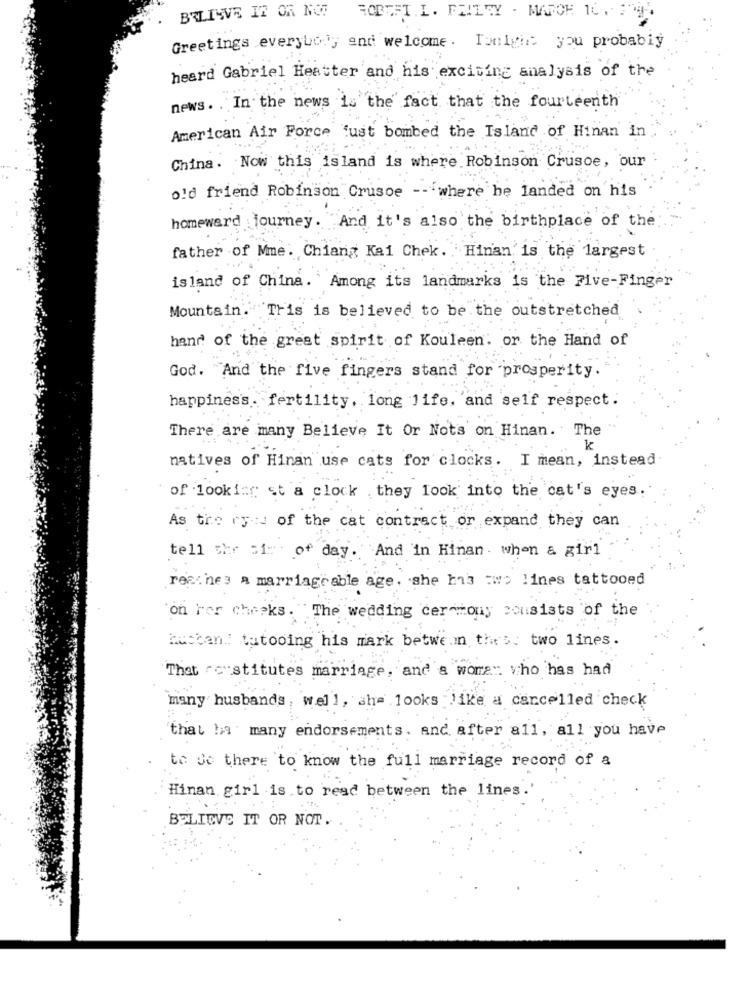
BELIEVE IT OR NOT
ROBOFT.L. FZITTY . MARCH 10 . 27H.
Greetings everybody and welcome. Tonight you probably
heard Gabriel Heatter and his exciting analysis of the
news. . In the news is the fact that the fourteenth
American Air Force fust bombed the Island of Hinan in
China. Now this island is where Robinson Crusoe, our
old friend Robinson Crusoe -- where he landed on his
homeward journey. And it's also the birthplace of the
father of Mme. Chiang Kai Chek. Hinan'is the largest
island of China. Among its landmarks is the Five-Finger
Mountain. This is believed to be the outstretched
hand of the great spirit of Kouleen. or the Hand of
God. And the five fingers stand for prosperity.
happiness. fertility, long life, and self respect.
There are many Believe It Or Nots on Hinan. The
k
natives of Hinan use cats for clocks. I mean, instead
of 100ki:r st a clock .they look into the cat's eyes.
As the rye of the cat contract or expand they can
tell the ci of day. And in Kinan. when a girl
reaches a marriageable age. she has two lines tattooed
on rer cheeks. The wedding ceremony consists of the
Mustan: tatooing his mark betwe.in thes. two lines.
That "stitutes marriage, and a wore". who has had
many husbands, well, she looks like a cancelled check
that ha many endorsements. and after all, all you have
to Je there to know the full marriage record of a
Hinan girl is.to read between the lines.
BELIEVE IT OR NOT.